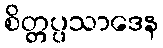
စိတ္တပ္ပသာဒေန